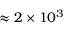
\approx 2 \times 1 0 ^ { 3 }